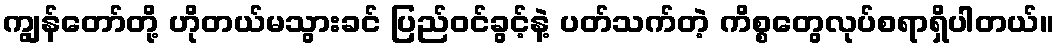
ကျွန်တော်တို့ ဟိုတယ်မသွားခင် ပြည်ဝင်ခွင့်နဲ့ ပတ်သက်တဲ့ ကိစ္စတွေလုပ်စရာရှိပါတယ်။